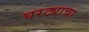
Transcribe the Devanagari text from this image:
घरट्याचा